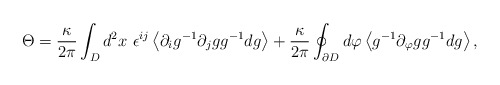
\begin{align*}\Theta = \frac{\kappa}{2 \pi} \int_{D} d^2 x ~\epsilon^{ij}\left< \partial_i g^{-1} \partial_j g g^{-1} d g \right> + \frac{\kappa}{2 \pi} \oint_{\partial {D}} d \varphi \left< g^{-1} \partial_{\varphi} g g^{-1} d g \right>, \end{align*}